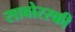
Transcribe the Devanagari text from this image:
सावोरस्की